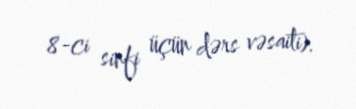
8-ci sinfi üçün dərs vəsaiti).